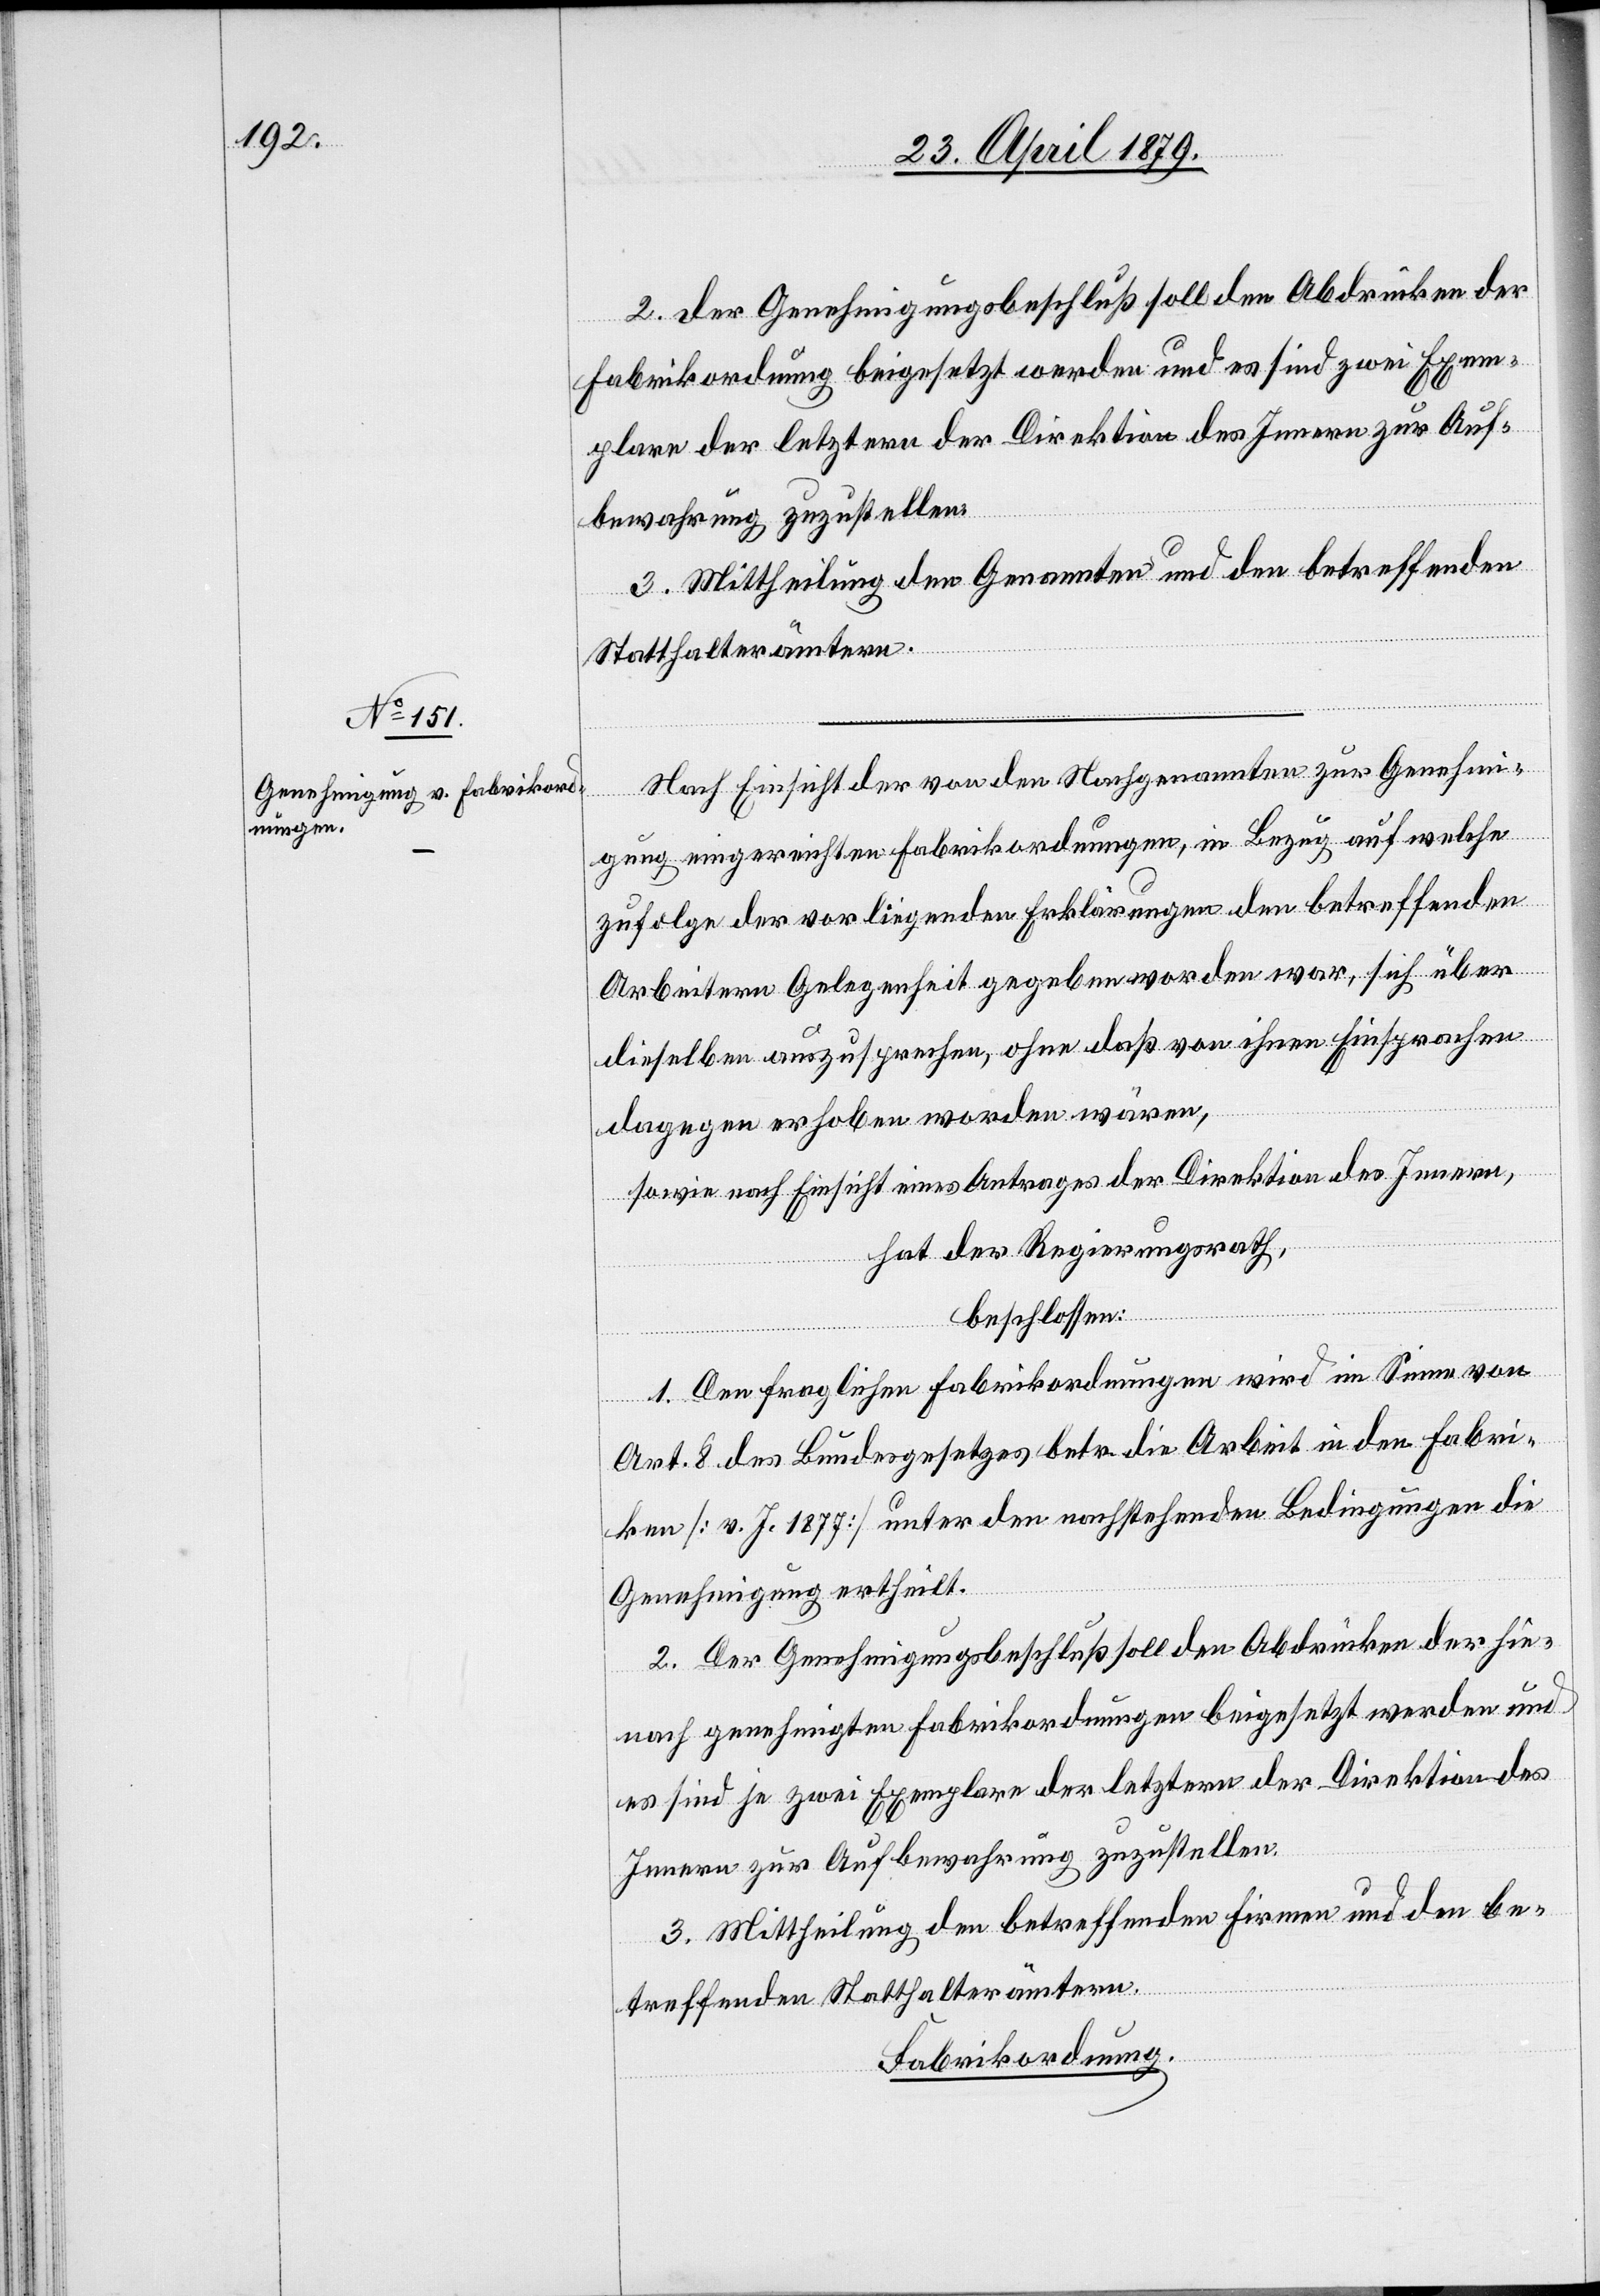
Nach Einsicht der von den Nachgenannten zur Genehmi¬
gung eingereichten Fabrikordnungen, in Bezug auf welche
zufolge der vorliegenden Erklärungen den betreffenden
Arbeitern Gelegenheit gegeben worden war, sich über
dieselben auszusprechen, ohne daß von ihnen Einsprachen
dagegen erhoben worden wären,
sowie nach Einsicht eines Antrages der Direktion des Innern,
hat der Regierungsrath,
beschlossen:
1. Den fraglichen Fabrikordnungen wird im Sinne von
Art. 8 des Bundesgesetzes betr. die Arbeit in den Fabri¬
ken [v. J. 1877] unter den nachstehenden Bedingungen die
Genehmigung ertheilt.
2. Der Genehmigungsbeschluß soll den Abdrücken der hie¬
nach genehmigten Fabrikordnungen beigesetzt werden und
es sind je zwei Exemplare der letztern der Direktion des
Innern zur Aufbewahrung zuzustellen.
3. Mittheilung den betreffenden Firmen und den be¬
treffenden Statthalterämtern.
Fabrikordnung.